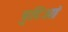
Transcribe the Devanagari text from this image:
त्रुटिओं